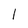
Character: 1